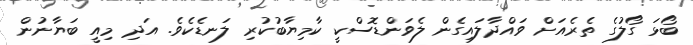
ބޯޅަ ގޯލުގެ ތެރެއަށް ވައްދާލައިގެން ލެވަންޑޮސްކީ ކާމިޔާބުކުރި ލަނޑެކެވެ. އަދި މިއީ ބަޔާނުން